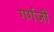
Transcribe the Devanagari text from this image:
गर्गजी